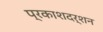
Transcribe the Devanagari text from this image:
प्रकाशदर्शन